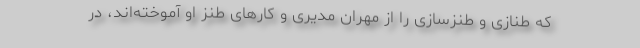
که طنازی و طنزسازی را از مهران مدیری و کارهای طنز او آموخته‌اند، در